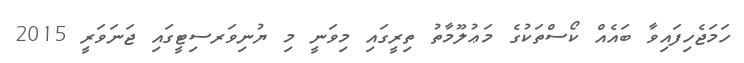
ހަމަޖެހިފައިވާ ބައެއް ކޯސްތަކުގެ މަޢުލޫމާތު ތިރީގައި މިވަނީ މި ޔުނިވަރސިޓީގައި ޖަނަވަރީ 2015